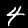
Label: 4